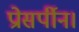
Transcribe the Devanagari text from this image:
प्रोसर्पीन।